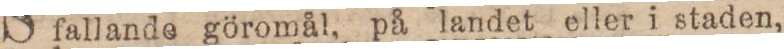
fallande göromål, på landet eller i staden,